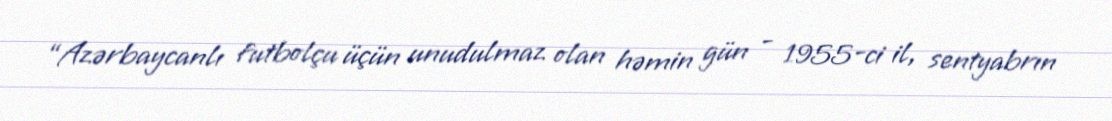
“Azərbaycanlı futbolçu üçün unudulmaz olan həmin gün - 1955-ci il, sentyabrın